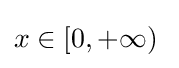
x\in [0,+\infty )\;